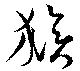
猴